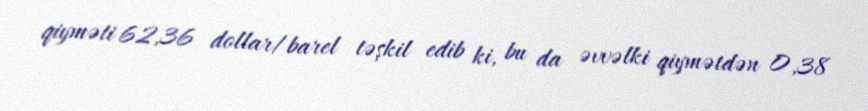
qiyməti 62,36 dollar/barel təşkil edib ki, bu da əvvəlki qiymətdən 0,38